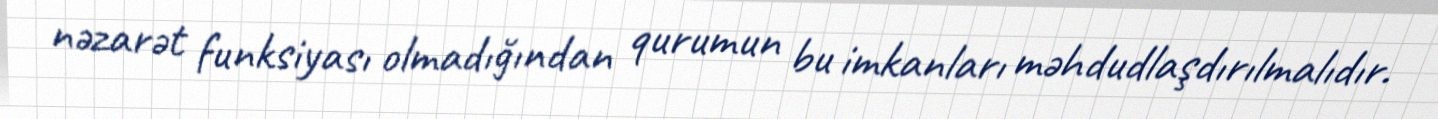
nəzarət funksiyası olmadığından qurumun bu imkanları məhdudlaşdırılmalıdır.